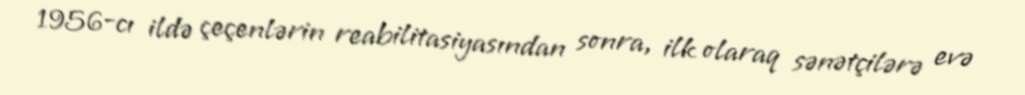
1956-cı ildə çeçenlərin reabilitasiyasından sonra, ilk olaraq sənətçilərə evə